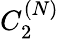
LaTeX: C_{2}^{(N)}